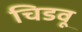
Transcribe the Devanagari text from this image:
चिडवू